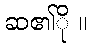
ဆ၏ို ။